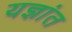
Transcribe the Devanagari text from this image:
यज्ञांत